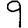
Digit: 9